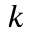
k